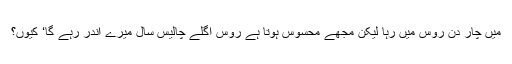
میں چار دن روس میں رہا لیکن مجھے محسوس ہوتا ہے روس اگلے چالیس سال میرے اندر رہے گا‘ کیوں؟